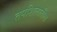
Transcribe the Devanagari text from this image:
तपशिलातील